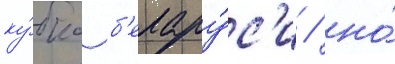
ку́бка б'елару́с'и / но́